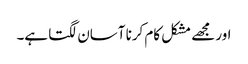
اور مجھے مشکل کام کرنا آسان لگتا ہے۔